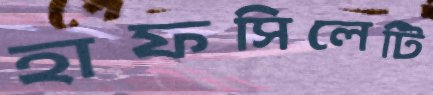
হাফসিলেটি